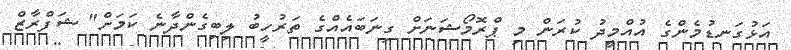
އަޅުގަނޑުމެންގެ އުއްމީދު ކުރަން މި ޕްރޮމޯޝަނަށް ގިނަބައެއްގެ ތަރުހީބު ލިބިގެންދާނެ ކަމަށް" ޝަފްރާޒް